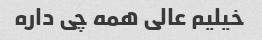
خیلیم عالی همه چی داره